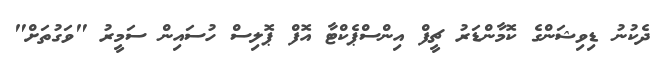
ދެކުނު ޑިވިޝަންގެ ކޮމާންޑަރު ޗީފް އިންސްޕެކްޓާ އޮފް ޕޮލިސް ހުސައިން ސަމީރު "ވަގުތަށް"